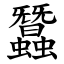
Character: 蠶